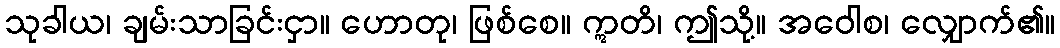
သုခါယ၊ ချမ်းသာခြင်းငှာ။ ဟောတု၊ ဖြစ်စေ။ ဣတိ၊ ဤသို့။ အဝေါစ၊ လျှောက်၏။